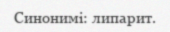
Синонимі: липарит.